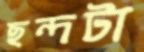
ছন্দটা